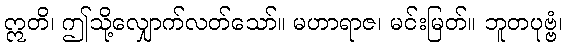
ဣတိ၊ ဤသို့လျှောက်လတ်သော်။ မဟာရာဇ၊ မင်းမြတ်။ ဘူတပုဗ္ဗံ၊